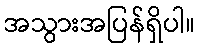
အသွားအပြန်ရှိပါ။